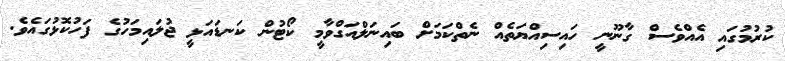
ކުރުމުގައި އެއްވެސް ގާނޫނީ ހައިސިއްޔަތެއް ނެތްކަމަށް ބައިނަލްއަގްވާމީ ކޯޓުން ކަނޑައަޅީ ޖުލައިމަހުގެ ފަހުކޮޅުގައެވެ.